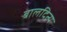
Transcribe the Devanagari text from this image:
बालदित्य